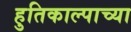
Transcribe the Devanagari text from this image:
हुतिकाल्पाच्या